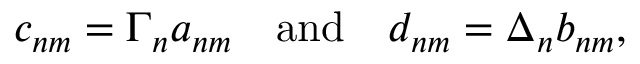
c _ { n m } = \Gamma _ { n } a _ { n m } \quad \mathrm { a n d } \quad d _ { n m } = \Delta _ { n } b _ { n m } ,